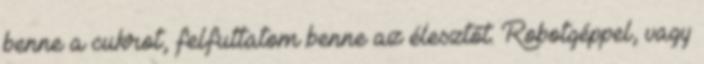
benne a cukrot, felfuttatom benne az élesztőt. Robotgéppel, vagy